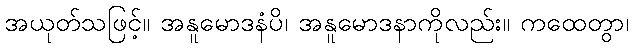
အယုတ်သဖြင့်။ အနူမောဒနံပိ၊ အနူမောဒနာကိုလည်း။ ကထေတွာ၊